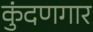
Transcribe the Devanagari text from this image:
कुंदणगार